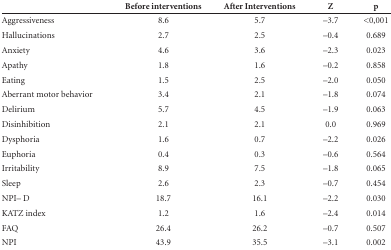
<table><thead><tr><td><b> </b></td><td><b>Before interventions </b></td><td><b>After Interventions</b></td><td><b>Z </b></td><td><b>p</b></td></tr></thead><tbody><tr><td>Aggressiveness</td><td>8.6</td><td>5.7 </td><td>-3.7 </td><td>&lt;0,001</td></tr><tr><td>Hallucinations</td><td>2.7</td><td>2.5</td><td>-0.4</td><td>0.689</td></tr><tr><td>Anxiety</td><td>4.6 </td><td>3.6</td><td>-2.3</td><td>0.023</td></tr><tr><td>Apathy</td><td>1.8</td><td>1.6</td><td>-0.2</td><td>0.858</td></tr><tr><td>Eating</td><td>1.5</td><td>2.5</td><td>-2.0</td><td>0.050</td></tr><tr><td>Aberrant motor behavior</td><td>3.4</td><td>2.1</td><td>-1.8</td><td>0.074</td></tr><tr><td>Delirium</td><td>5.7</td><td>4.5</td><td>-1.9</td><td>0.063</td></tr><tr><td>Disinhibition</td><td>2.1</td><td>2.1</td><td>0.0</td><td>0.969</td></tr><tr><td>Dysphoria</td><td>1.6</td><td>0.7</td><td>-2.2</td><td>0.026</td></tr><tr><td>Euphoria</td><td>0.4</td><td>0.3</td><td>-0.6</td><td>0.564</td></tr><tr><td>Irritability</td><td>8.9</td><td>7.5</td><td>-1.8</td><td>0.065</td></tr><tr><td> Sleep</td><td> 2.6</td><td> 2.3</td><td> -0.7</td><td> 0.454</td></tr><tr><td>NPI- D</td><td>18.7</td><td>16.1</td><td>-2.2</td><td>0.030</td></tr><tr><td>KATZ index</td><td>1.2</td><td>1.6</td><td>-2.4</td><td>0.014</td></tr><tr><td>FAQ</td><td>26.4</td><td>26.2</td><td>-0.7</td><td>0.507</td></tr><tr><td>NPI</td><td>43.9</td><td>35.5</td><td>-3.1</td><td>0.002</td></tr></tbody></table>